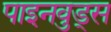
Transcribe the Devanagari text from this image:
पाइनवुड्स